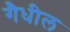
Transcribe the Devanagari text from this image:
गैधील